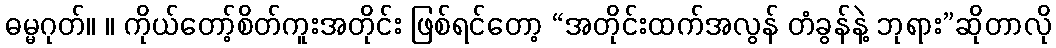
ဓမ္မဂုတ်။ ။ ကိုယ်တော့်စိတ်ကူးအတိုင်း ဖြစ်ရင်တော့ “အတိုင်းထက်အလွန် တံခွန်နဲ့ ဘုရား”ဆိုတာလို